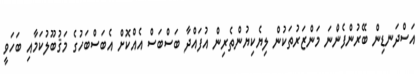
އަސްދަނޑިން ބޭރުންފެންނަ މަންޒަރުތަކުން ލިޔެކިޔުންތެރިން އުފައްދާ ބަސްބަސް އެއްކޮށް އެބަސްބަހުގެ މަޤުބޫލުކަމާއި ބަހަވީ